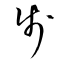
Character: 歩